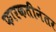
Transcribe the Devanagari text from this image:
फारकतीनंतर